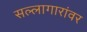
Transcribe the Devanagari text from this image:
सल्लागारांवर